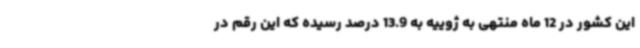
این کشور در 12 ماه منتهی به ژوییه به 13.9 درصد رسیده که این رقم در